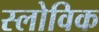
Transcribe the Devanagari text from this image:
स्लोविक